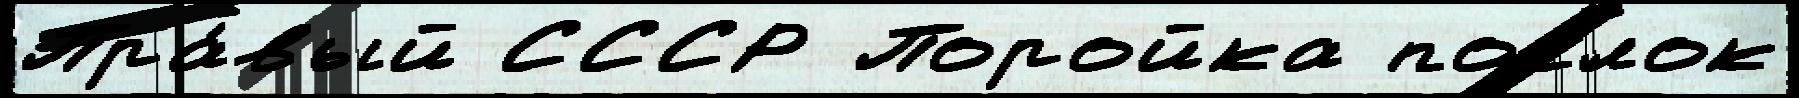
Пра́вый СССР Поройка пос'́лок